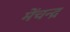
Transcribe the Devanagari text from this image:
मेंचन्द्र